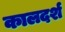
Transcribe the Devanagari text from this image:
कालदर्श